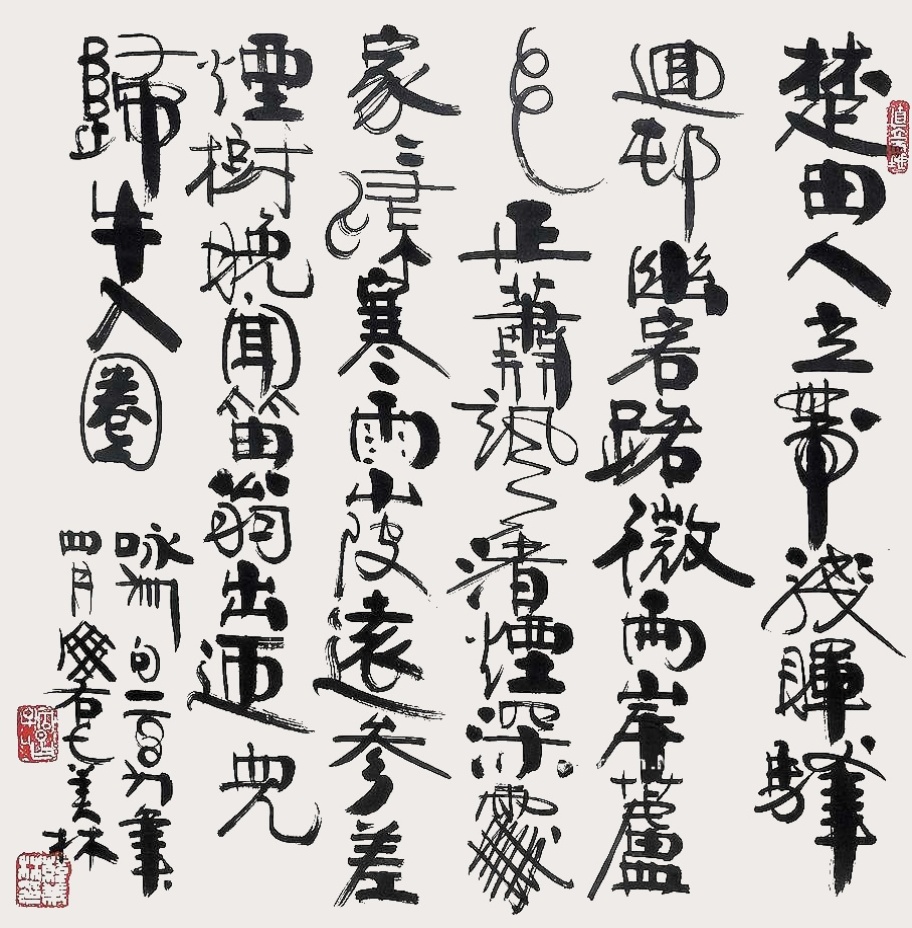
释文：楚田人立带残晖，驿迥村幽客路微。两岸芦花正萧飒，渚烟深处白牛（家）归。寒雨山陂远，参差烟树晚。闻笛翁出迎，儿归牛入圈。咏□句，二〇〇九年四月，海右人美林。